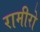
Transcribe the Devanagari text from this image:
रामीरो